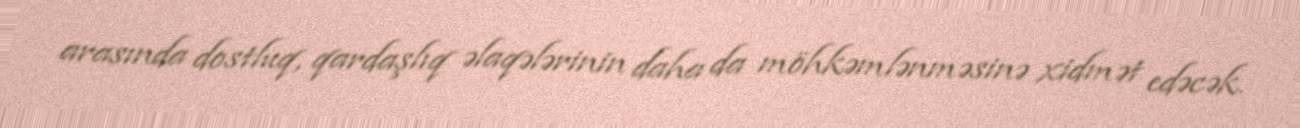
arasında dostluq, qardaşlıq əlaqələrinin daha da möhkəmlənməsinə xidmət edəcək.